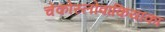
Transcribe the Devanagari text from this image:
चेकोस्लोवाकियाका